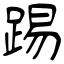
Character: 踢